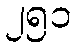
၂၅၁